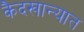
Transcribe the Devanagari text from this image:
कैदखान्यात